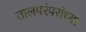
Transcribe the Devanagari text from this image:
तालपरंपरांच्या